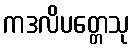
ကဒလိပတ္တေသု